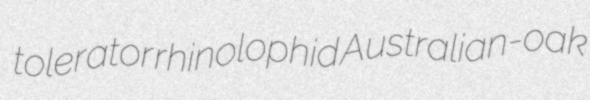
tolerator rhinolophid Australian-oak